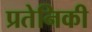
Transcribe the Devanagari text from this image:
प्रतेनिकी